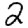
Digit: 2